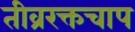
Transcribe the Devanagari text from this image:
तीव्ररक्तचाप